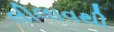
લીલાવથી